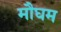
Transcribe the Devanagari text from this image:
मौघम